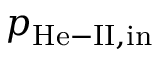
p _ { \mathrm { H e - I I , i n } }